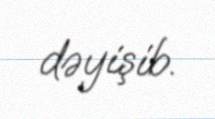
dəyişib.